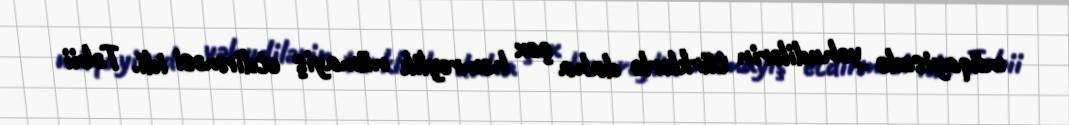
müqayisədə yəhudilərin türklərlə daha çox həmrəylik nümayiş etdirməsi idi. Təbii